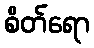
စိတ်ရော